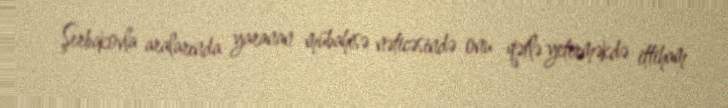
Şerbakovla aralarında yaranan mübahisə nəticəsində onu qətlə yetirməkdə ittiham